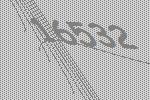
16532